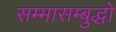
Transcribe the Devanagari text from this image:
सम्मासम्बुद्धो